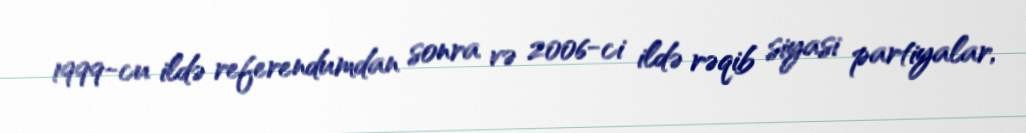
1999-cu ildə referendumdan sonra və 2006-ci ildə rəqib siyasi partiyalar,